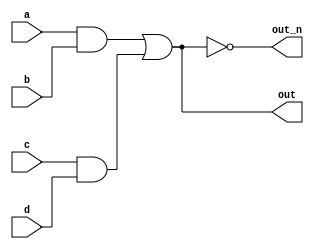
`default_nettype none
module top_module(
    input a,
    input b,
    input c,
    input d,
    output out,
    output out_n   );
    wire first, second, third;
    assign {first,second,third} = {(a&b),(c&d),(first|second)};
    assign {out, out_n} = {third, (~third)};
   
    

endmodule